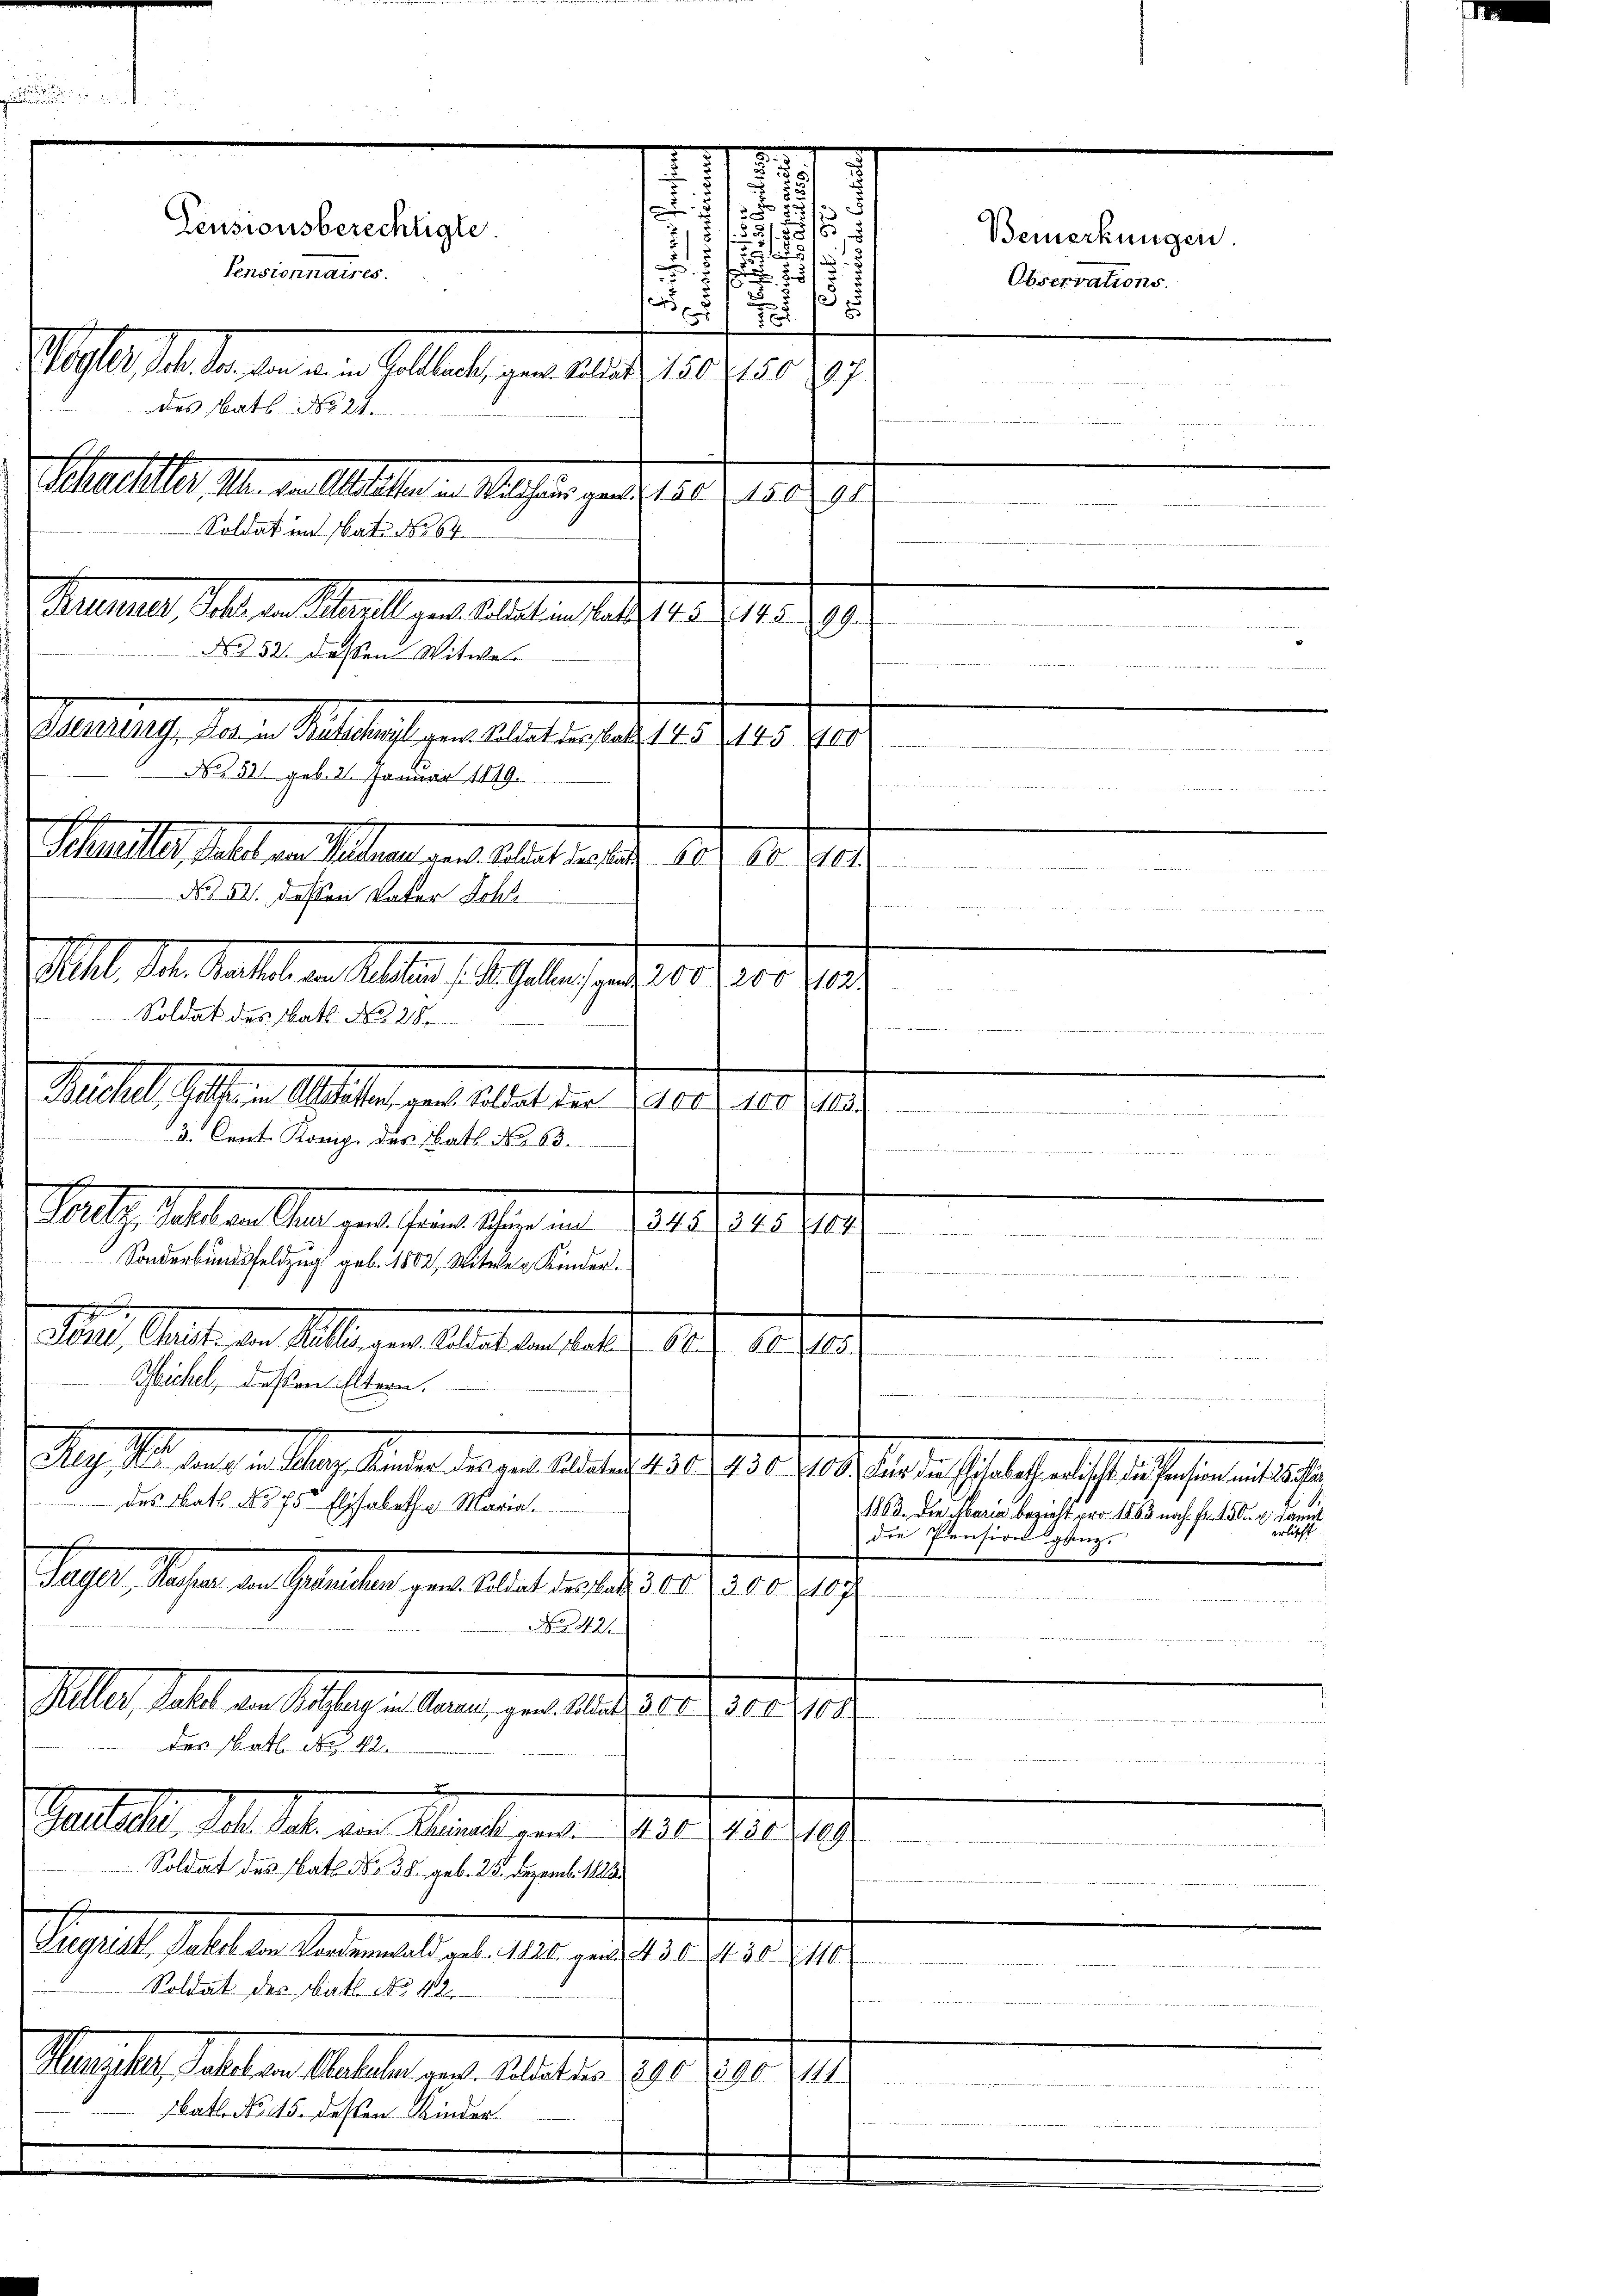
a
g

Pensionsberechtigte.
Pensionnaires.

No 1531 geb. 2. Januar 1849.

.
f
¬

:
s

s
.
,
u
.
1
 55
.
x
2
701.
Wogler, Sch. Jos. von u. in Goldbach, gen. Soldat 1802150. 207
des Statt No 21.
sch
Schuchler, Man von Altstalter in Welchens von 150. 150. 900
Soldat im Nat. No 64.

Huene, d. d. Meile des h. a. a. a. a. 135 Z 18. 211.
.
No 52 dessen Witwe
Aebertrag, das in Altstags verhalteten 19. 15. 214. 700
Schnelle, halt an Mann auch Anhalten der 189. 10. 410.
N 52 dessen Vater Schli
  .   Der Bestander
Abel des Matte er selben sie selben d. 15. 10.
Soldat des Batt No 281
.
.
Buchel, Gellen in Altstatten, gen. Soldat der 1900, 100 2100
3. Cent Komp. des Batt No 63.
 en
Gesetz Juheben Chart gute kein Schüre in 1342), 245 21000
wie de
Sonderbundsfeldzug geb. 1802, Witwen Kinder.

7
der. Statt den Kellen der Arbeiter teile
60. 80. 105.
din dieses Antrittel den seitere Mitterstellte Hr. Cartenheiter zu Bett der
Michel, dessere Eltern.
n
.
eg, in der die Hans lauten der in Alterathes daher die Gesuch selbe er seltstehen alteste
t
 Das Math. No 75. Elisabetha Maria
1863. Die Maria bezieht pro 1863 nach Fr. 150. r. Damit
rlich
die Pension ganz.
Peper, Paten der Meilen den Aber den des 14. d. 10. 19

e
No 1421
e
Aller, dasel von Kellen in Anna, gen. Auch der, 300 z
des Statt No. 42
.

d
Gautsche, Joh. Satz. von Rheinsch von 1430, 1500
Soldat des bath No. 35. geb. 25. Dezemb. 1883
Sigrist Fehlen Landermals geb. 1820. rede 155. 330. 211
t
22 et der
Soldat des Bat. No. 42.
Rei
Hunzeker Jakob von Oberkehr gen. Soldat des 1390 890
batt No. 45. deßen Kinder

Bemerkungen
Observations.

102.
 es in der

S.